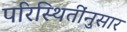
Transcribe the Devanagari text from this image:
परिस्थितींनुसार